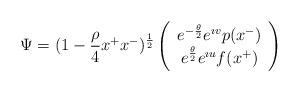
LaTeX: \begin{align*}\Psi = (1-{\rho \over 4} x^+ x^-)^{1 \over 2} \left( \begin{array}{c} e^{-{\theta \over 2}} e^{\imath v}p(x^-) \\ e^{{\theta \over 2}} e^{\imath u}f(x^+) \\ \end{array} \right)\end{align*}